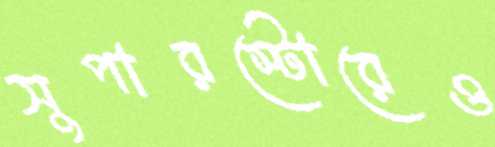
সুপারস্টোরেও